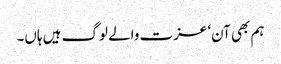
ہم بھی آن‘ عزت والے لوگ ہیں ہاں۔